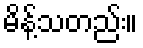
မိန့်သတည်း။